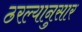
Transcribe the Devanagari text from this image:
ठरल्यानुसार